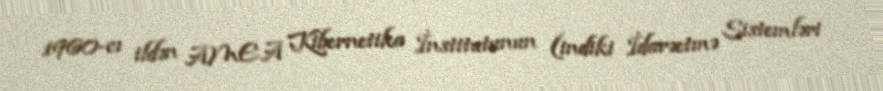
1960-cı ildən AMEA Kibernetika İnstitutunun (indiki İdarəetmə Sistemləri